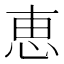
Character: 恵